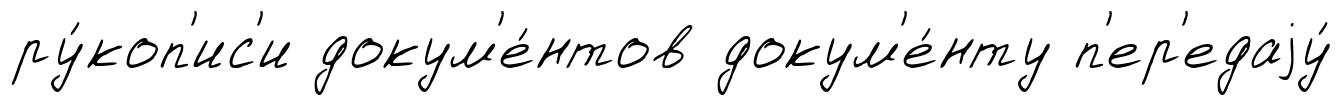
ру́коп'ис'и докум'е́нтов докум'е́нту п'ер'едаjу́